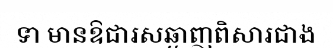
ទា មានឱជារសឆ្ងាញពិសារជាង